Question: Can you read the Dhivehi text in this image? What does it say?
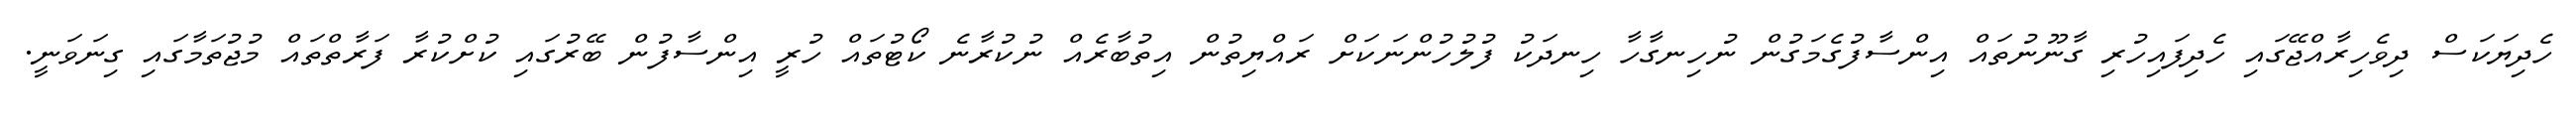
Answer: ހެދިޔަކަސް ދިވެހިރާއްޖޭގައި ހެދިފައިހުރި ގާނޫނުތައް އިންސާފުގެމަގުން ނުހިނގާހާ ހިނދަކު ފުލުހުންނަކަށް ރައްޔިތުން އިތުބާރެއް ނުކުރާނެ ކޯޓުތައް ހުރީ އިންސާފުން ބޭރުގައި ކުށްކުރާ ފަރާތްތައް މުޖުތަމާގައި ގިނަވަނީ.